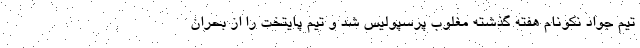
تیم جواد نکونام هفته گذشته مغلوب پرسپولیس شد و تیم پایتخت را از بحران